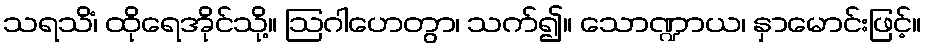
သရသိံ၊ ထိုရေအိုင်သို့။ ဩဂါဟေတွာ၊ သက်၍။ သောဏ္ဍာယ၊ နှာမောင်းဖြင့်။